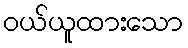
ဝယ်ယူထားသော